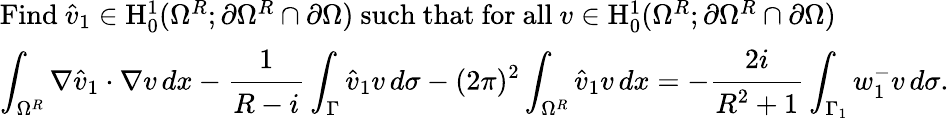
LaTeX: \begin{array}{l}{\mathrm{Find~}\hat{v}_{1}\in\mathrm{H}_{0}^{1}(\Omega^{R};\partial\Omega^{R}\cap\partial\Omega)\mathrm{~such~that~for~all~}v\in\mathrm{H}_{0}^{1}(\Omega^{R};\partial\Omega^{R}\cap\partial\Omega)}\\ {\displaystyle\int_{\Omega^{R}}\nabla\hat{v}_{1}\cdot\nabla v\, dx-\cfrac{1}{R-i}\int_{\Gamma}\hat{v}_{1}v\, d\sigma-(2\pi)^{2}\displaystyle\int_{\Omega^{R}}\hat{v}_{1}v\, dx=-\cfrac{2i}{R^{2}+1}\int_{\Gamma_{1}}w_{1}^{-}v\, d\sigma.}\end{array}